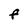
Character: F